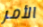
الأمر